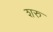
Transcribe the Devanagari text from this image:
शरु